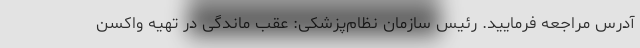
آدرس مراجعه فرمایید. رئیس سازمان نظام‌پزشکی: عقب ماندگی در تهیه واکسن